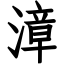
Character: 漳